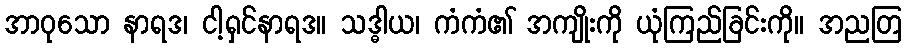
အာဝုသော နာရဒ၊ ငါ့ရှင်နာရဒ။ သဒ္ဓါယ၊ ကံကံ၏ အကျိုးကို ယုံကြည်ခြင်းကို။ အညတြ